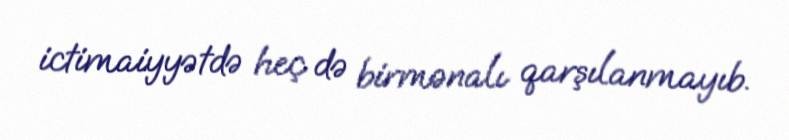
ictimaiyyətdə heç də birmənalı qarşılanmayıb.